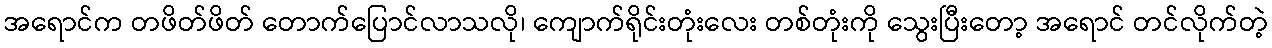
အရောင်က တဖိတ်ဖိတ် တောက်ပြောင်လာသလို၊ ကျောက်ရိုင်းတုံးလေး တစ်တုံးကို သွေးပြီးတော့ အရောင် တင်လိုက်တဲ့